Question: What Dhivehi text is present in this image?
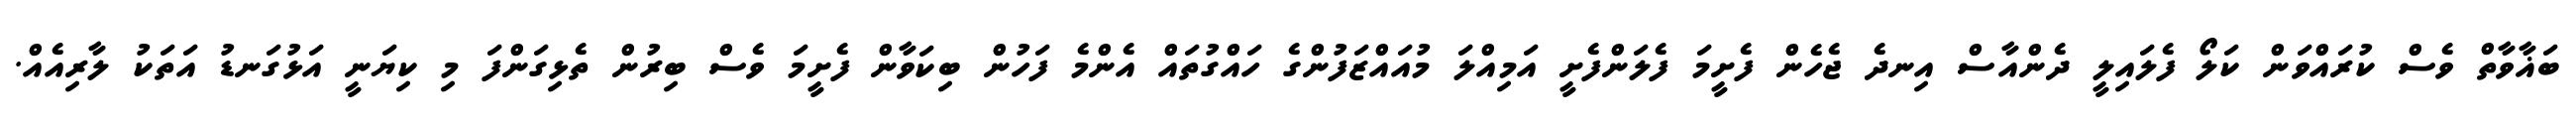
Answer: ބަޣާވާތް ވެސް ކުރައްވަން ކަލޯ ފެލައިލީ ދެންއާސް އިނދެ ޖެހެން ފެށީމަ ފެލަންފެށީ އަމިއްލަ މުއައްޒަފުންގެ ހައްގުތައް އެންމެ ފަހުން ބިކަވާން ފެށީމަ ވެސް ބިރުން ތެޅިގަންފަ މި ކިޔަނީ އަޅުގަނޑު އަތަކު ލާރިއެއް.